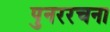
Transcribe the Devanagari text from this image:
पुनररचना